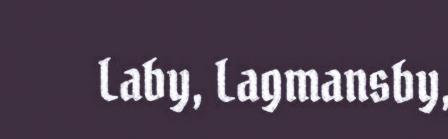
Laby, Lagmansby,